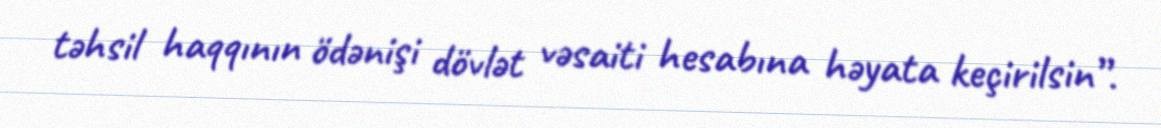
təhsil haqqının ödənişi dövlət vəsaiti hesabına həyata keçirilsin”.